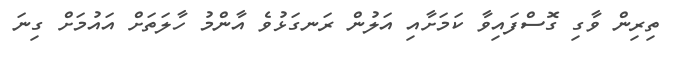
ތިރިން ވާގި ގޮސްފައިވާ ކަމަށާއި އަލުން ރަނގަޅުވެ އާންމު ހާލަތަށް އައުމަށް ގިނަ